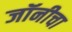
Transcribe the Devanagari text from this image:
जॉनीचा